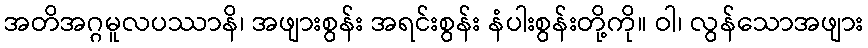
အတိအဂ္ဂမူလပဿာနိ၊ အဖျားစွန်း အရင်းစွန်း နံပါးစွန်းတို့ကို။ ဝါ၊ လွန်သောအဖျား